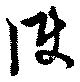
使